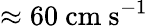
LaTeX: \approx 60\ \mathrm{cm\ s^{-1}}